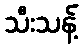
သီးသန့်